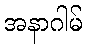
အနာဂါမ်